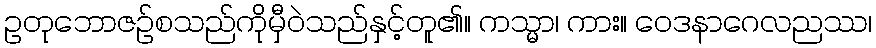
ဥတုဘောဇဉ်စသည်ကိုမှီဝဲသည်နှင့်တူ၏။ ကသ္မာ၊ ကား။ ဝေဒနာဂေလညဿ၊